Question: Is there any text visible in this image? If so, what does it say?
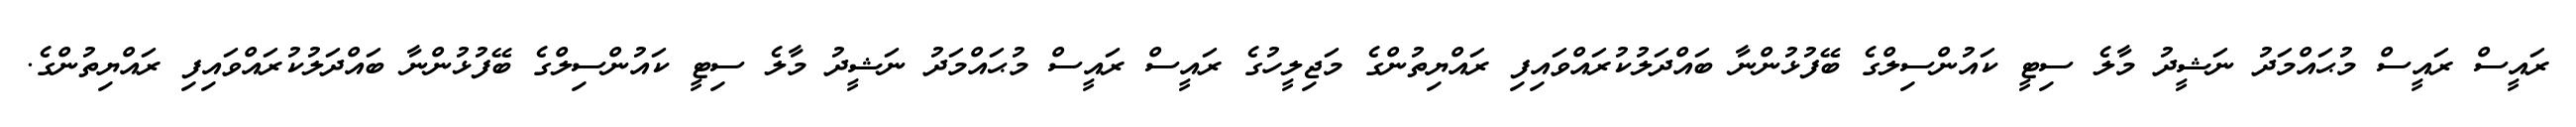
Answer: ރައީސް ރައީސް މުޙައްމަދު ނަޝީދު މާލެ ސިޓީ ކައުންސިލްގެ ބޭފުޅުންނާ ބައްދަލުކުރައްވައިފި ރައްޔިތުންގެ މަޖިލީހުގެ ރައީސް ރައީސް މުޙައްމަދު ނަޝީދު މާލެ ސިޓީ ކައުންސިލްގެ ބޭފުޅުންނާ ބައްދަލުކުރައްވައިފި ރައްޔިތުންގެ.